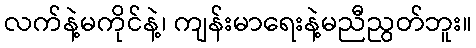
လက်နဲ့မကိုင်နဲ့၊ ကျန်းမာရေးနဲ့မညီညွတ်ဘူး။